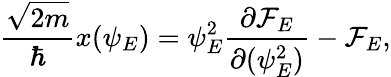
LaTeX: {\frac{\sqrt{2m}}{\hbar}}x(\psi_{E})={\psi_{E}^{2}}{\frac{\partial{\cal F}_{E}}{\partial(\psi_{E}^{2})}}-{\cal F}_{E},